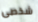
شخصى